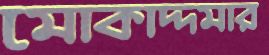
মোকাদ্দমার